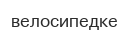
велосипедке